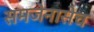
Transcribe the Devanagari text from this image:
समजेनासेच